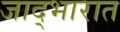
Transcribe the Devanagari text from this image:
जाद्भारात